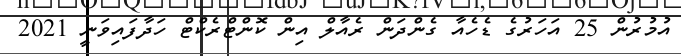
އުމުރުން 25 އަހަރުގެ ޑެހެއާ ގެންދަން ރެއާލް އިން ކޮންޓްރެކްޓް ހަދާފައިވަނީ 2021